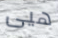
هيى